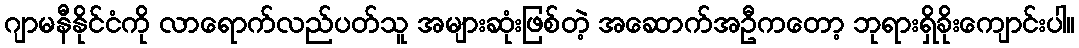
ဂျာမနီနိုင်ငံကို လာရောက်လည်ပတ်သူ အများဆုံးဖြစ်တဲ့ အဆောက်အဦကတော့ ဘုရားရှိခိုးကျောင်းပါ။